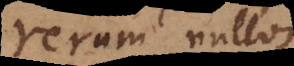
rerum nullos